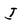
Character: I